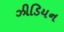
ઝીડિયન